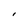
Character: I